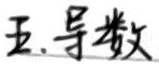
五、导数